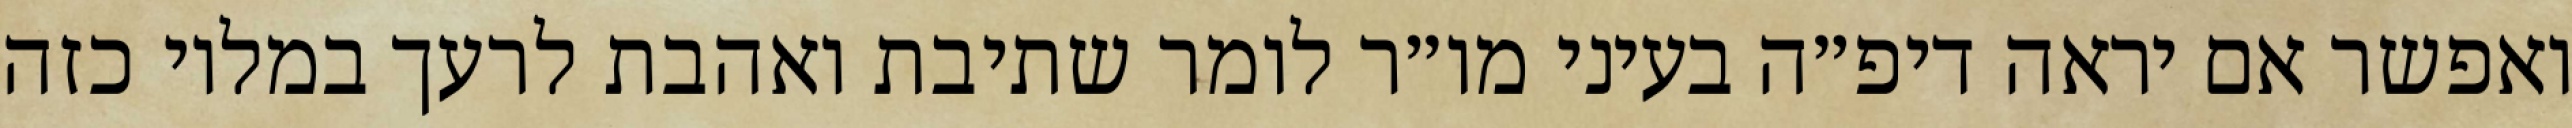
ואפשר אם יראה דיפ״ה בעיני מו״ר לומר שתיבת ואהבת לרעך במלוי כזה